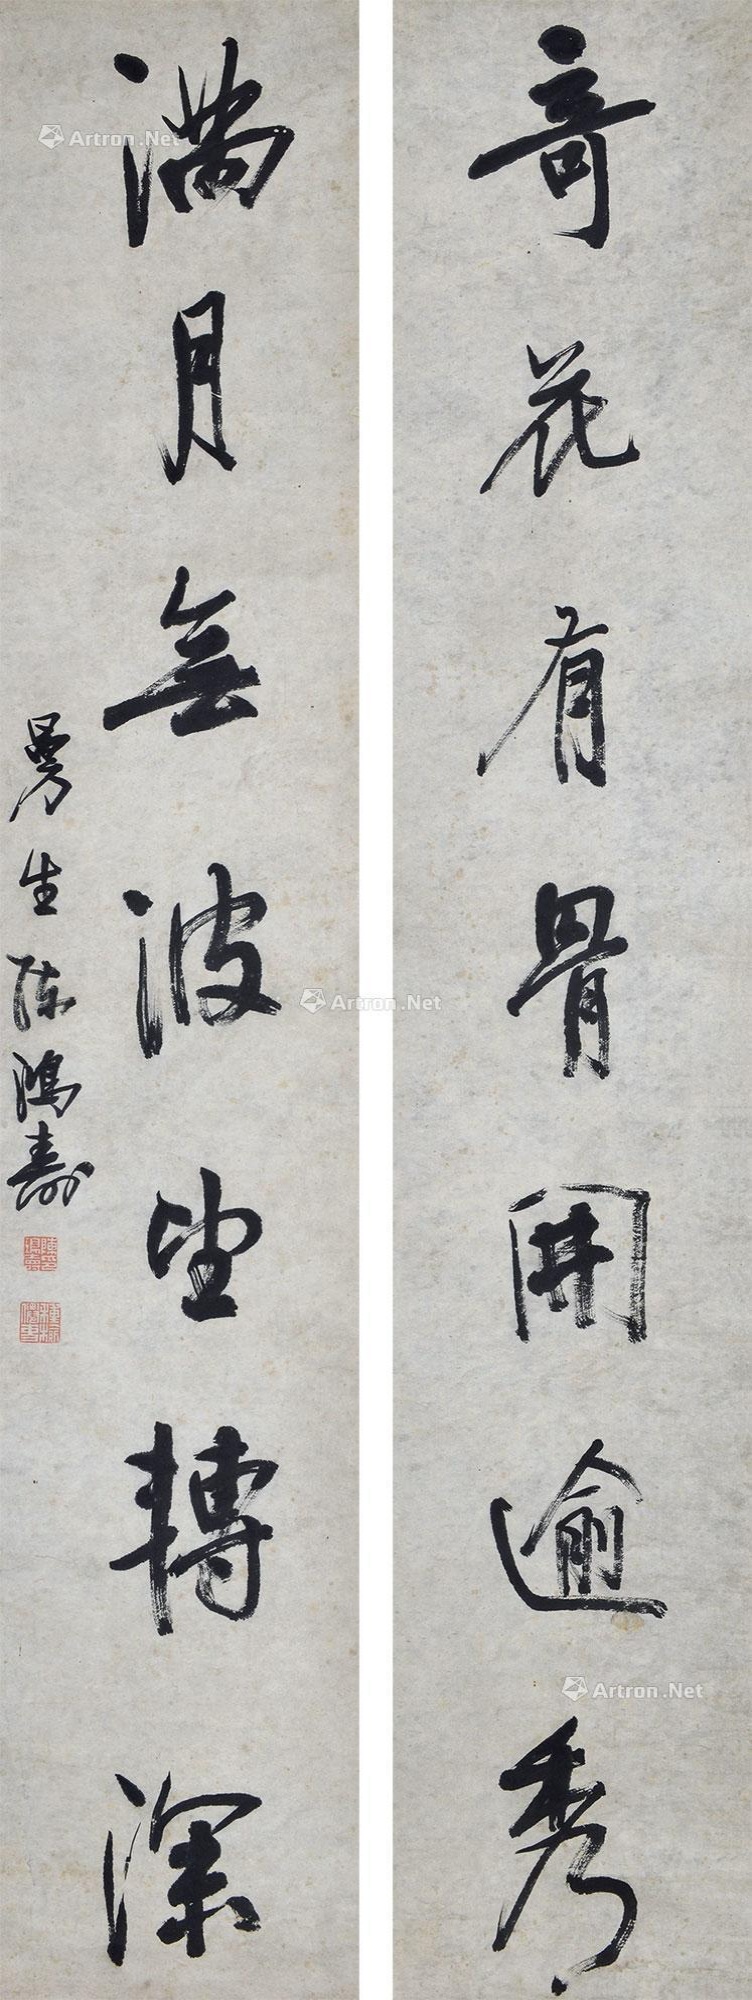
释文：奇花有骨开逾秀，满月无波望转深。蔓生陈鸿寿。